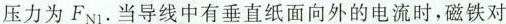
压力为F_{N1}.当导线中有垂直纸面向外的电流时，磁铁对